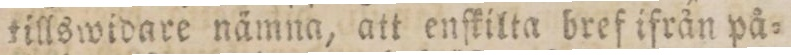
tillswidare nämna, att enſkilta bref ifrån på=